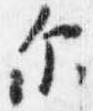
示